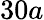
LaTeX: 30a